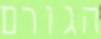
הגורם